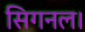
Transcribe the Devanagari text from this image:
सिगनल।